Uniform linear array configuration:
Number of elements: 48
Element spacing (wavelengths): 0.25
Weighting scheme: cosine
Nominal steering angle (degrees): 60
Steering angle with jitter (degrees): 60.243
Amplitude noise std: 0.05
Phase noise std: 0.05

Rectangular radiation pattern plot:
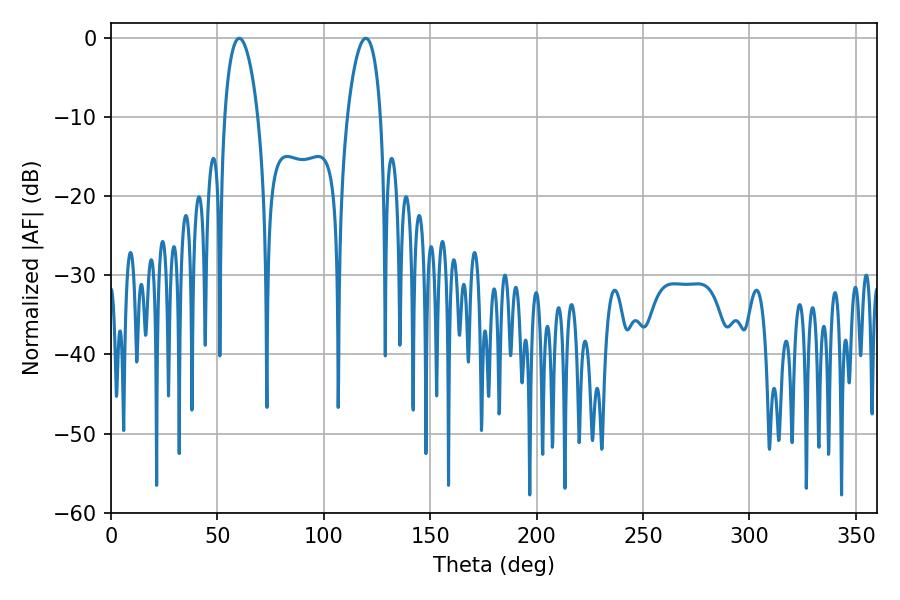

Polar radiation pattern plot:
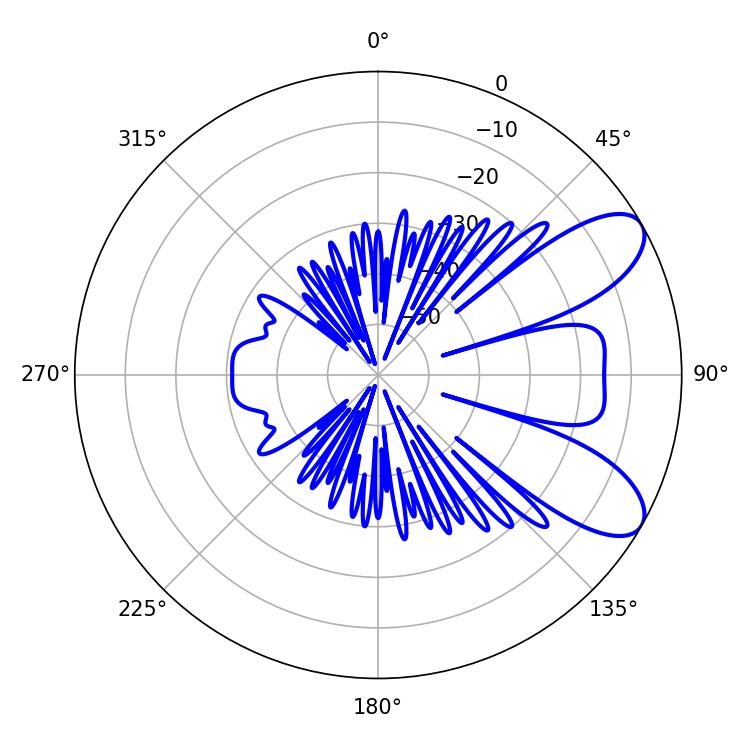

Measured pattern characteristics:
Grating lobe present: FALSE
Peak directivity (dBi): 8.222
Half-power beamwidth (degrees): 8.82
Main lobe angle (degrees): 60.3